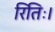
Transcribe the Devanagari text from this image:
रितिः।